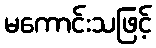
မကောင်းသဖြင့်